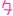
Text: 7